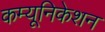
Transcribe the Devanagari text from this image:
कम्‍यूनिकेशन